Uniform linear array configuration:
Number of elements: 64
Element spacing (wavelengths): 1
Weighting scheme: hann
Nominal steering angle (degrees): -45
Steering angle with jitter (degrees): -43.544
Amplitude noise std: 0.05
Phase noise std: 0.05

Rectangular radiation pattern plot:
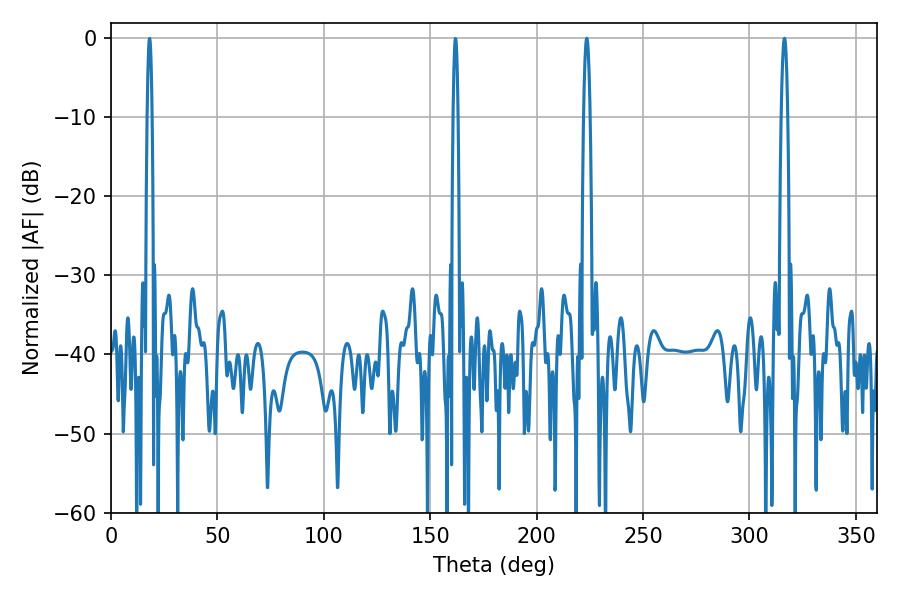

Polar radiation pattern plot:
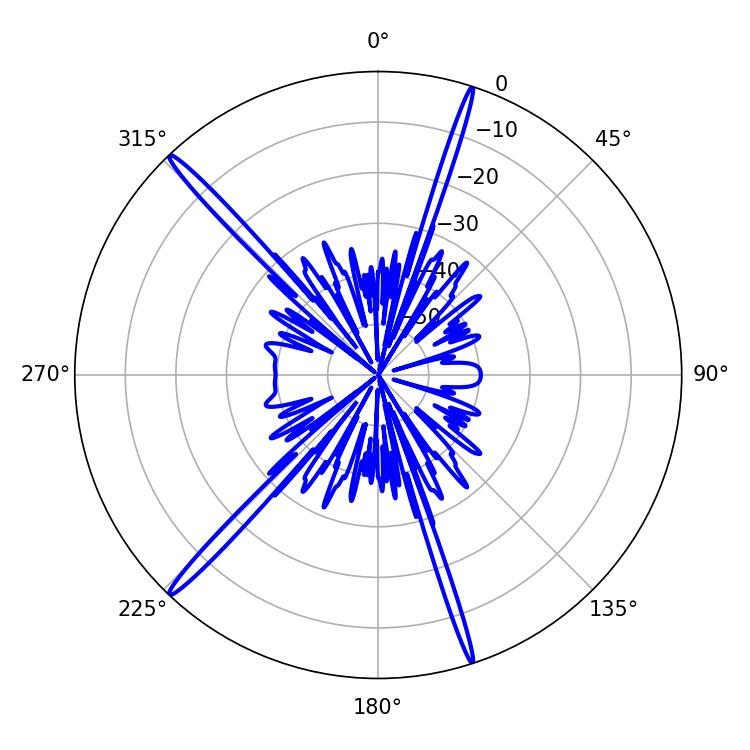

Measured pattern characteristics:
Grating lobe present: TRUE
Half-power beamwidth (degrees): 1.44
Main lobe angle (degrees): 223.56